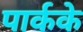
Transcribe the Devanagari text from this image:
पार्कके